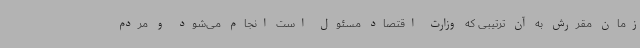
زمان مقررش به آن ترتیبی که وزارت اقتصاد مسئول است انجام می‌شود و مردم